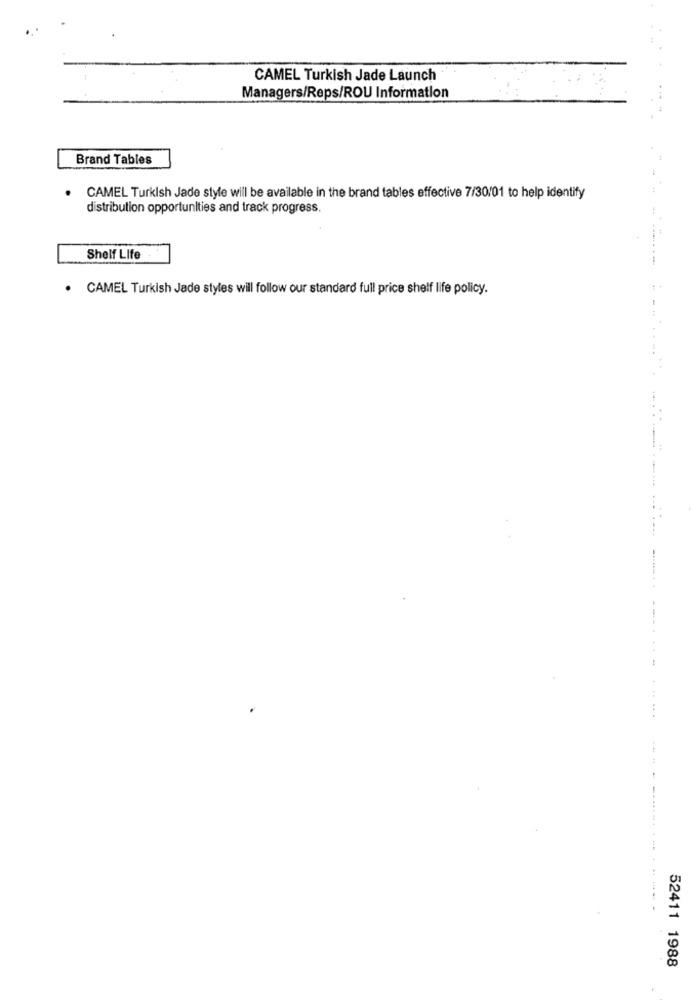
CAMEL Turkish Jade Launch
Managers/Reps/ROU Information
Brand Tables
44
CAMEL Turkish Jade style will be available in the brand tables effective 7/30/01 to help identify
distribution opportunities and track progress.
Shelf Life
....-
· CAMEL Turkish Jade styles will follow our standard full price shelf life policy.
--
-...........
52411 1988